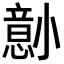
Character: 𫵋